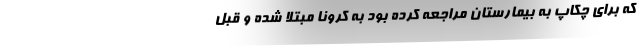
که برای چکاپ به بیمارستان مراجعه کرده بود به کرونا مبتلا شده و قبل